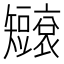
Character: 𥐐